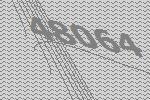
48064